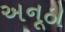
અનૂઠો